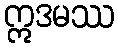
ဣဒမဿ